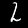
Label: 2